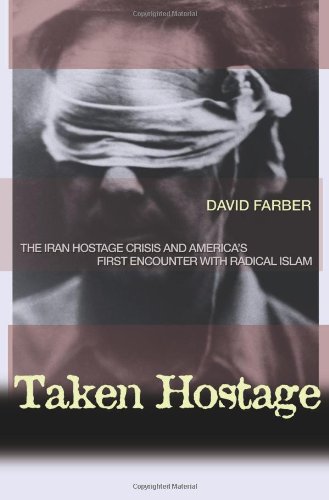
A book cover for Taken Hostage: The Iran Hostage Crisis and America's First Encounter with Radical Islam (Politics and Society in Twentieth-Century America); David Farber; History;